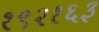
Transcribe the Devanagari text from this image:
१९२१६३